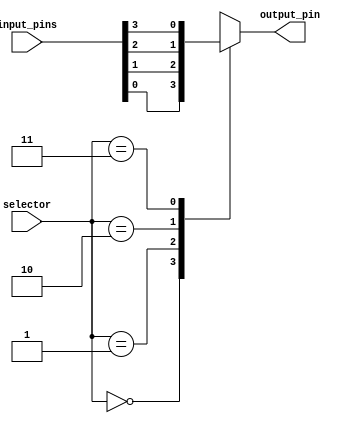
module Ex1 (
	input [1:0] selector ,
	input [3:0] input_pins,
	output reg output_pin 
	
);
always @(*)
	case (selector)
		2'b00:
			begin
			output_pin = input_pins[0];
			end
		2'b01:
			begin
			output_pin = input_pins[1];
			end
		2'b10:
			begin
			output_pin = input_pins[2];
			end
		2'b11:
			begin
			output_pin = input_pins[3];
			end
	endcase
endmodule